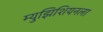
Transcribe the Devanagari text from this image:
म्युझिशियनला